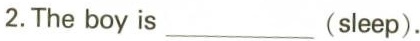
2.The boy is___(sleep).